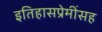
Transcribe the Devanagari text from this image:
इतिहासप्रेमींसह